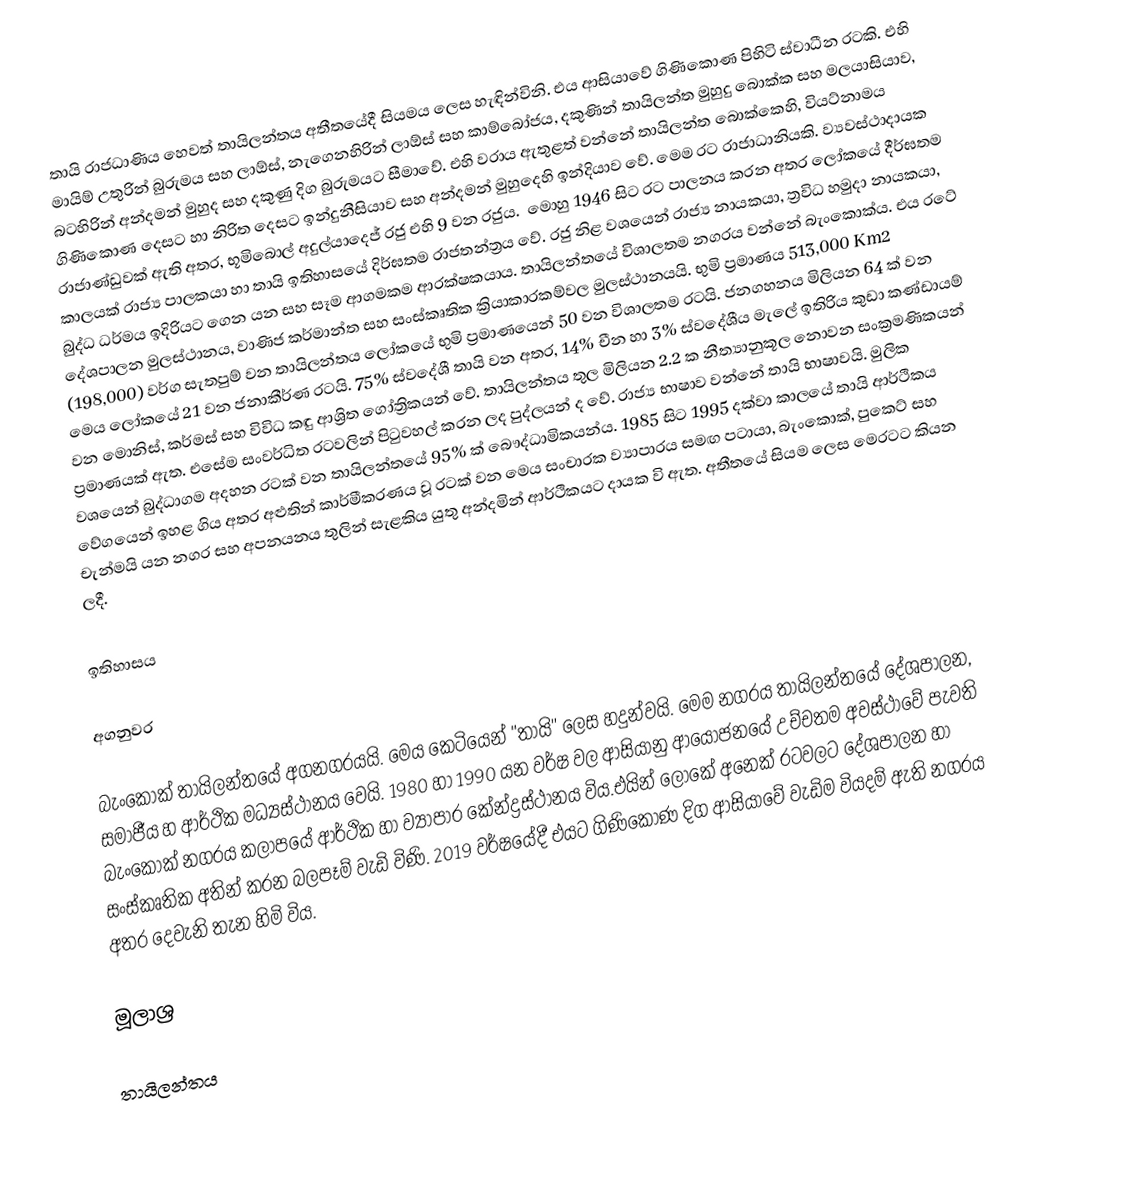
තායි රාජධාණිය හෙවත් තායිලන්තය අතීතයේදී සියමය ලෙස හැඳින්විනි. එය ආසියාවේ ගිණිකොණ පිහිටි ස්වාධීන රටකි. එහි මායිම් උතුරින් බුරුමය සහ ලාඕස්, නැගෙනහිරින් ලාඕස් සහ කාම්බෝජය, දකුණින් තායිලන්ත මුහුදු බොක්ක සහ මලයාසියාව, බටහිරින් අන්දමන් මුහුද සහ දකුණු දිග බුරුමයට සීමාවේ. එහි වරාය ඇතුළත් වන්නේ තායිලන්ත බොක්කෙහි, වියට්නාමය ගිණිකොණ දෙසට හා නිරිත දෙසට ඉන්දුනීසියාව සහ අන්දමන් මුහුදෙහි ඉන්දියාව වේ. මෙම රට රාජාධානියකි. ව්‍යවස්ථාදායක රාජාණ්ඩුවක් ඇති අතර, භූමිබොල් අදුල්යාදෙජ් රජු එහි 9 වන රජුය. ‍ මොහු 1946 සිට රට පාලනය කරන අතර ලෝකයේ දීර්ඝතම කාලයක් රාජ්‍ය පාලකයා හා තායි ඉතිහාසයේ දිර්ඝතම රාජතන්ත්‍රය වේ. රජු නිළ වශයෙන් රාජ්‍ය නායකයා, ත්‍රවිධ හමුදා නායකයා, බුද්ධ ධර්මය ඉදිරියට ගෙන යන සහ සෑම ආගමකම ආරක්ෂකයාය. තායිලන්තයේ විශාලතම නගරය වන්නේ බැංකොක්ය. එය රටේ දේශපාලන මුලස්ථානය, වාණිජ කර්මාන්ත සහ සංස්කෘතික ක්‍රියාකාරකම්වල මුලස්ථානයයි. භුමි ප්‍රමාණය 513,000 Km2 (198,000) වර්ග සැතපුම් වන තායිලන්තය ලෝකයේ භුමි ප්‍රමාණයෙන් 50 වන විශාලතම රටයි. ජනගහනය මිලියන 64 ක් වන මෙය ලෝකයේ 21 වන ජනාකීර්ණ රටයි. 75% ස්වදේශී තායි වන අතර, 14% චීන හා 3% ස්වදේශීය මැලේ ඉතිරිය කුඩා කණ්ඩායම් වන මොනිස්, කර්මස් සහ විවිධ කඳු ආශ්‍රිත ගෝත්‍රිකයන් වේ. තායිලන්තය තුල මිලියන 2.2 ක නීත්‍යානුකූල නොවන සංක්‍රමණිකයන් ප්‍රමාණයක් ඇත. එසේම ‍සංවර්ධිත රටවලින් පිටුවහල් කරන ලද පුද්ලයන් ද වේ. රාජ්‍ය භාෂාව වන්නේ තායි භාෂාවයි. මුලික වශයෙන් බුද්ධාගම අදහන රටක් වන තායිලන්තයේ 95% ක් බෞද්ධාමිකයන්ය. 1985 සිට 1995 දක්වා කාලයේ තායි ආර්ථිකය වේගයෙන් ඉහළ ගිය අතර අළුතින් කාර්මීකරණය වූ රටක් වන මෙය සංචාරක ව්‍යාපාරය සමඟ පටායා, බැංකොක්, පුකෙට් සහ චැන්මයි යන නගර සහ අපනයනය තුලින් සැළකිය යුතු අන්දමින් ආර්ථිකයට දායක වි ඇත. අතීතයේ සියම ලෙස මෙරටට කියන ලදී.

ඉතිහාසය

අගනුවර

බැංකොක් තායිලන්තයේ අගනගරයයි. මෙය කෙටියෙන් "තායි" ලෙස හදුන්වයි. මෙම නගරය තායිලන්තයේ දේශපාලන, සමාජීය හ ආර්ථික මධ්‍යස්ථානය වෙයි. 1980 හා 1990 යන වර්ෂ වල ආසියානු ආයෝජනයේ උච්චතම අවස්ථාවේ පැවති බැංකොක් නගරය කලාපයේ ආර්ථික හා ව්‍යාපාර කේන්ද්‍රස්ථානය විය.එයින් ලෝකේ අනෙක් රටවලට දේශපාලන හා සංස්කෘතික අතින් කරන බලපෑම් වැඩි විණි. 2019 වර්ෂයේදී එයට ගිණිකොණ දිග ආසියාවේ වැඩිම වියදම් ඇති නගරය අතර දෙවැනි තැන හිමි විය.

මූලාශ්‍ර

තායිලන්තය